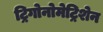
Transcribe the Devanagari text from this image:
ट्रिगोनोमेट्रिशेन